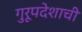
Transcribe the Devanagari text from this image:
गुरूपदेशाची